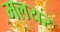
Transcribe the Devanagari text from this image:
मलयर